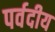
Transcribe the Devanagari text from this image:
पर्वदीय